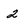
Character: 2